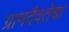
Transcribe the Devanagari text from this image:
ग्रामदैवतेचा